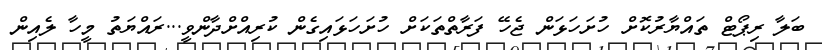
ބަލާ ރިޕޯޓް ތައްޔާރުކޮށް ހުށަހަޅަން ޖެހޭ ފަރާތްތަކަށް ހުށަހަޅައިގެން ކުރިއްށްދާންވީ...ރައްޔަތު މީހާ ލެއިން